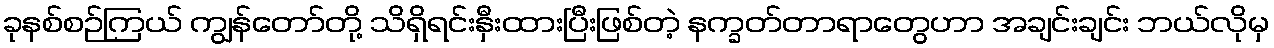
ခုနစ်စဉ်ကြယ် ကျွန်တော်တို့ သိရှိရင်းနှီးထားပြီးဖြစ်တဲ့ နက္ခတ်တာရာတွေဟာ အချင်းချင်း ဘယ်လိုမှ